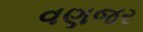
વણજર